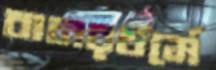
বানরধর্মে